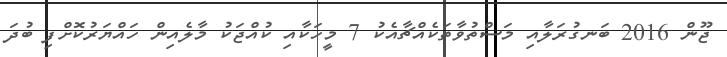
ޖޫން 2016 ބަނގުރަލާއި މަސްތުވާތަކެއްޗާއެކު 7 މީހަކާއި ކުއްޖަކު މާލެއިން ހައްޔަރުކޮށްފި ބުދަ